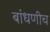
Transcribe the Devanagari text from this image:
बांधणीच